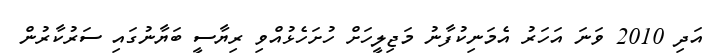
އަދި 2010 ވަނަ އަހަރު އެމަނިކުފާނު މަޖިލީހަށް ހުށަހެޅުއްވި ރިޔާސީ ބަޔާނުގައި ސަރުކާރުން